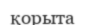
қорыта